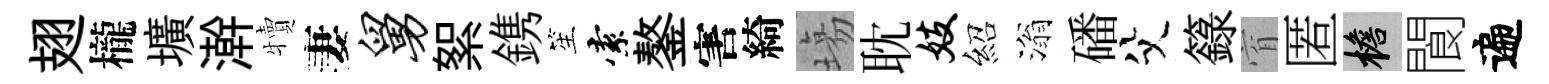
翅櫳壙澣犢妻舅絮鎸笙索鏊害綺塲耽妓紹滃磻父籙窅匿檐閬遍